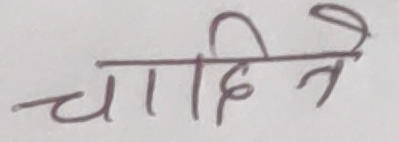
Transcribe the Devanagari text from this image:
चाहिने